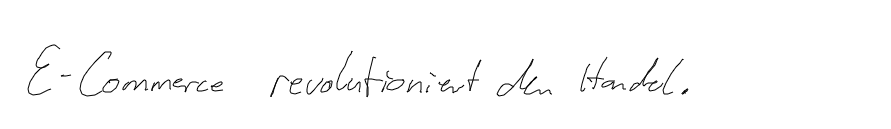
E-Commerce revolutioniert den Handel.